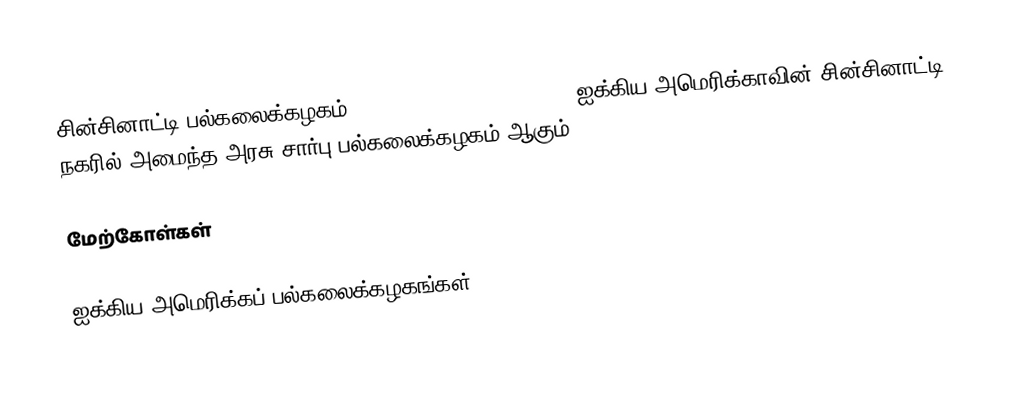
சின்சினாட்டி பல்கலைக்கழகம் (University of Cincinnati) ஐக்கிய அமெரிக்காவின் சின்சினாட்டி நகரில் அமைந்த அரசு சார்பு பல்கலைக்கழகம் ஆகும்.

மேற்கோள்கள்

ஐக்கிய அமெரிக்கப் பல்கலைக்கழகங்கள்